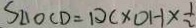
S _ { \Delta O C D } = D C \times O H \times \frac { 1 } { 2 }